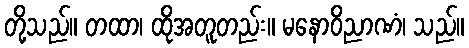
တို့သည်။ တထာ၊ ထိုအတူတည်း။ မနောဝိညာဏံ၊ သည်။